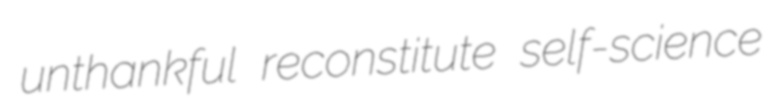
unthankful reconstitute self-science